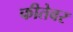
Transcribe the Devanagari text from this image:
फीतेवर